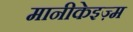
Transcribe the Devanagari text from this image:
मानीकेइज़्म